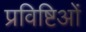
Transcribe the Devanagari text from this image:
प्रविष्टिओं